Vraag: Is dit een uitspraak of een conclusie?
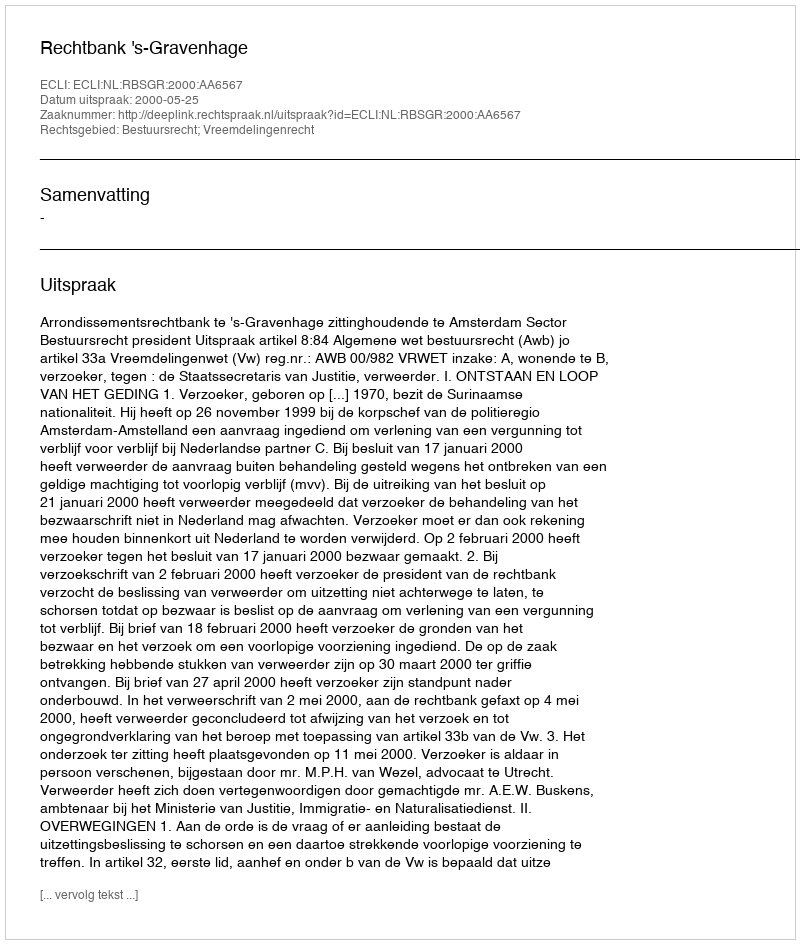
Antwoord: Uitspraak